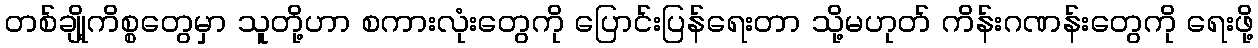
တစ်ချို့ကိစ္စတွေမှာ သူတို့ဟာ စကားလုံးတွေကို ပြောင်းပြန်ရေးတာ သို့မဟုတ် ကိန်းဂဏန်းတွေကို ရေးဖို့